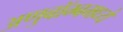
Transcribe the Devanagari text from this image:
अणुबॉम्बमध्ये